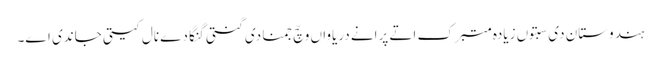
ہندوستان دی سبتوں زیادہ متبرک اتے پرانے دریاواں وچّ جمنا دی گنتی گنگا دے نال کیتی جاندی اے۔